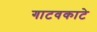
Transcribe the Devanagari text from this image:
गाटवकाटे